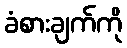
ခံစားချက်ကို